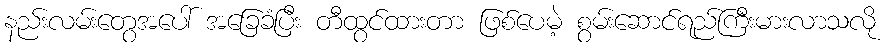
နည်းလမ်းတွေအပေါ် အခြေခံပြီး တီထွင်ထားတာ ဖြစ်ပေမဲ့ စွမ်းဆောင်ရည်ကြီးမားလာသလို